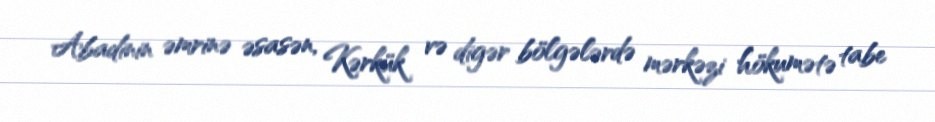
Abadinin əmrinə əsasən, Kərkük və digər bölgələrdə mərkəzi hökumətə tabe